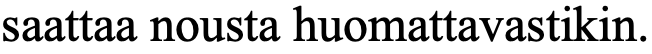
saattaa nousta huomattavastikin.